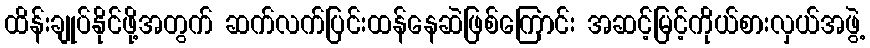
ထိန်းချုပ်နိုင်ဖို့အတွက် ဆက်လက်ပြင်းထန်နေဆဲဖြစ်ကြောင်း အဆင့်မြင့်ကိုယ်စားလှယ်အဖွဲ့